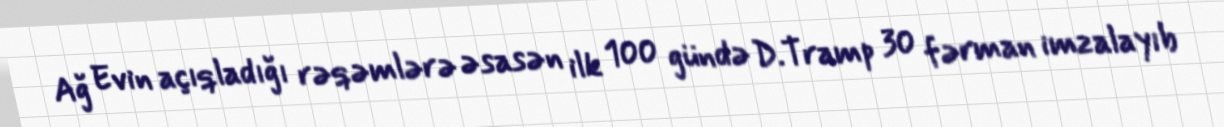
Ağ Evin açıqladığı rəqəmlərə əsasən ilk 100 gündə D.Tramp 30 fərman imzalayıb